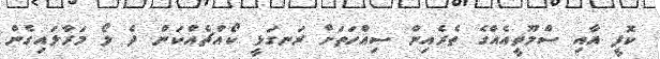
ކޮފީ އާއި ސްމޫތީއެއްގެ ތެރެއިން ސިއްހަތަށް ރަނގަޅީ ކޯއްޗެއްކަން ދެ ލޯ މަރާލައިގެން